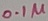
Text: 0.1µ